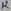
Text: 12